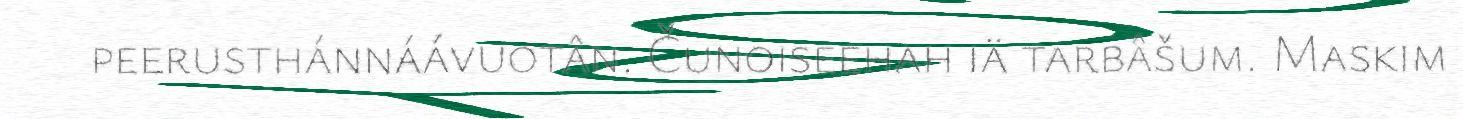
peerusthánnáávuotân. Čunoiseehah iä tarbâšum. Maskim